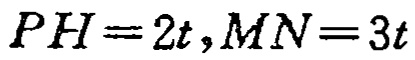
\(PH = 2t,MN = 3t\)